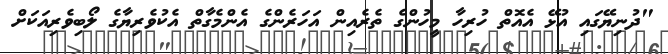
"ދުނިޔޭގައި އުޅޭ އެއޮތް ހުރިހާ މީހުންގެ ތެރެއިން އަހަރެންގެ އެންމެގާތް އެކުވެރިޔާގެ ލޯބިވެރިއަކަށް